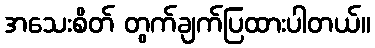
အသေးစိတ် တွက်ချက်ပြထားပါတယ်။